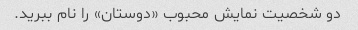
دو شخصیت نمایش محبوب «دوستان» را نام ببرید.